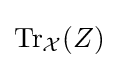
\operatorname {Tr} _{\mathcal {X}}(Z)